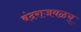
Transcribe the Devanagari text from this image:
बंदराजवळच्